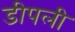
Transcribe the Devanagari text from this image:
डीपली